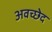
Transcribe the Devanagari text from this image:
अवच्छेद